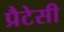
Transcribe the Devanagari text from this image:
प्रैटेसी